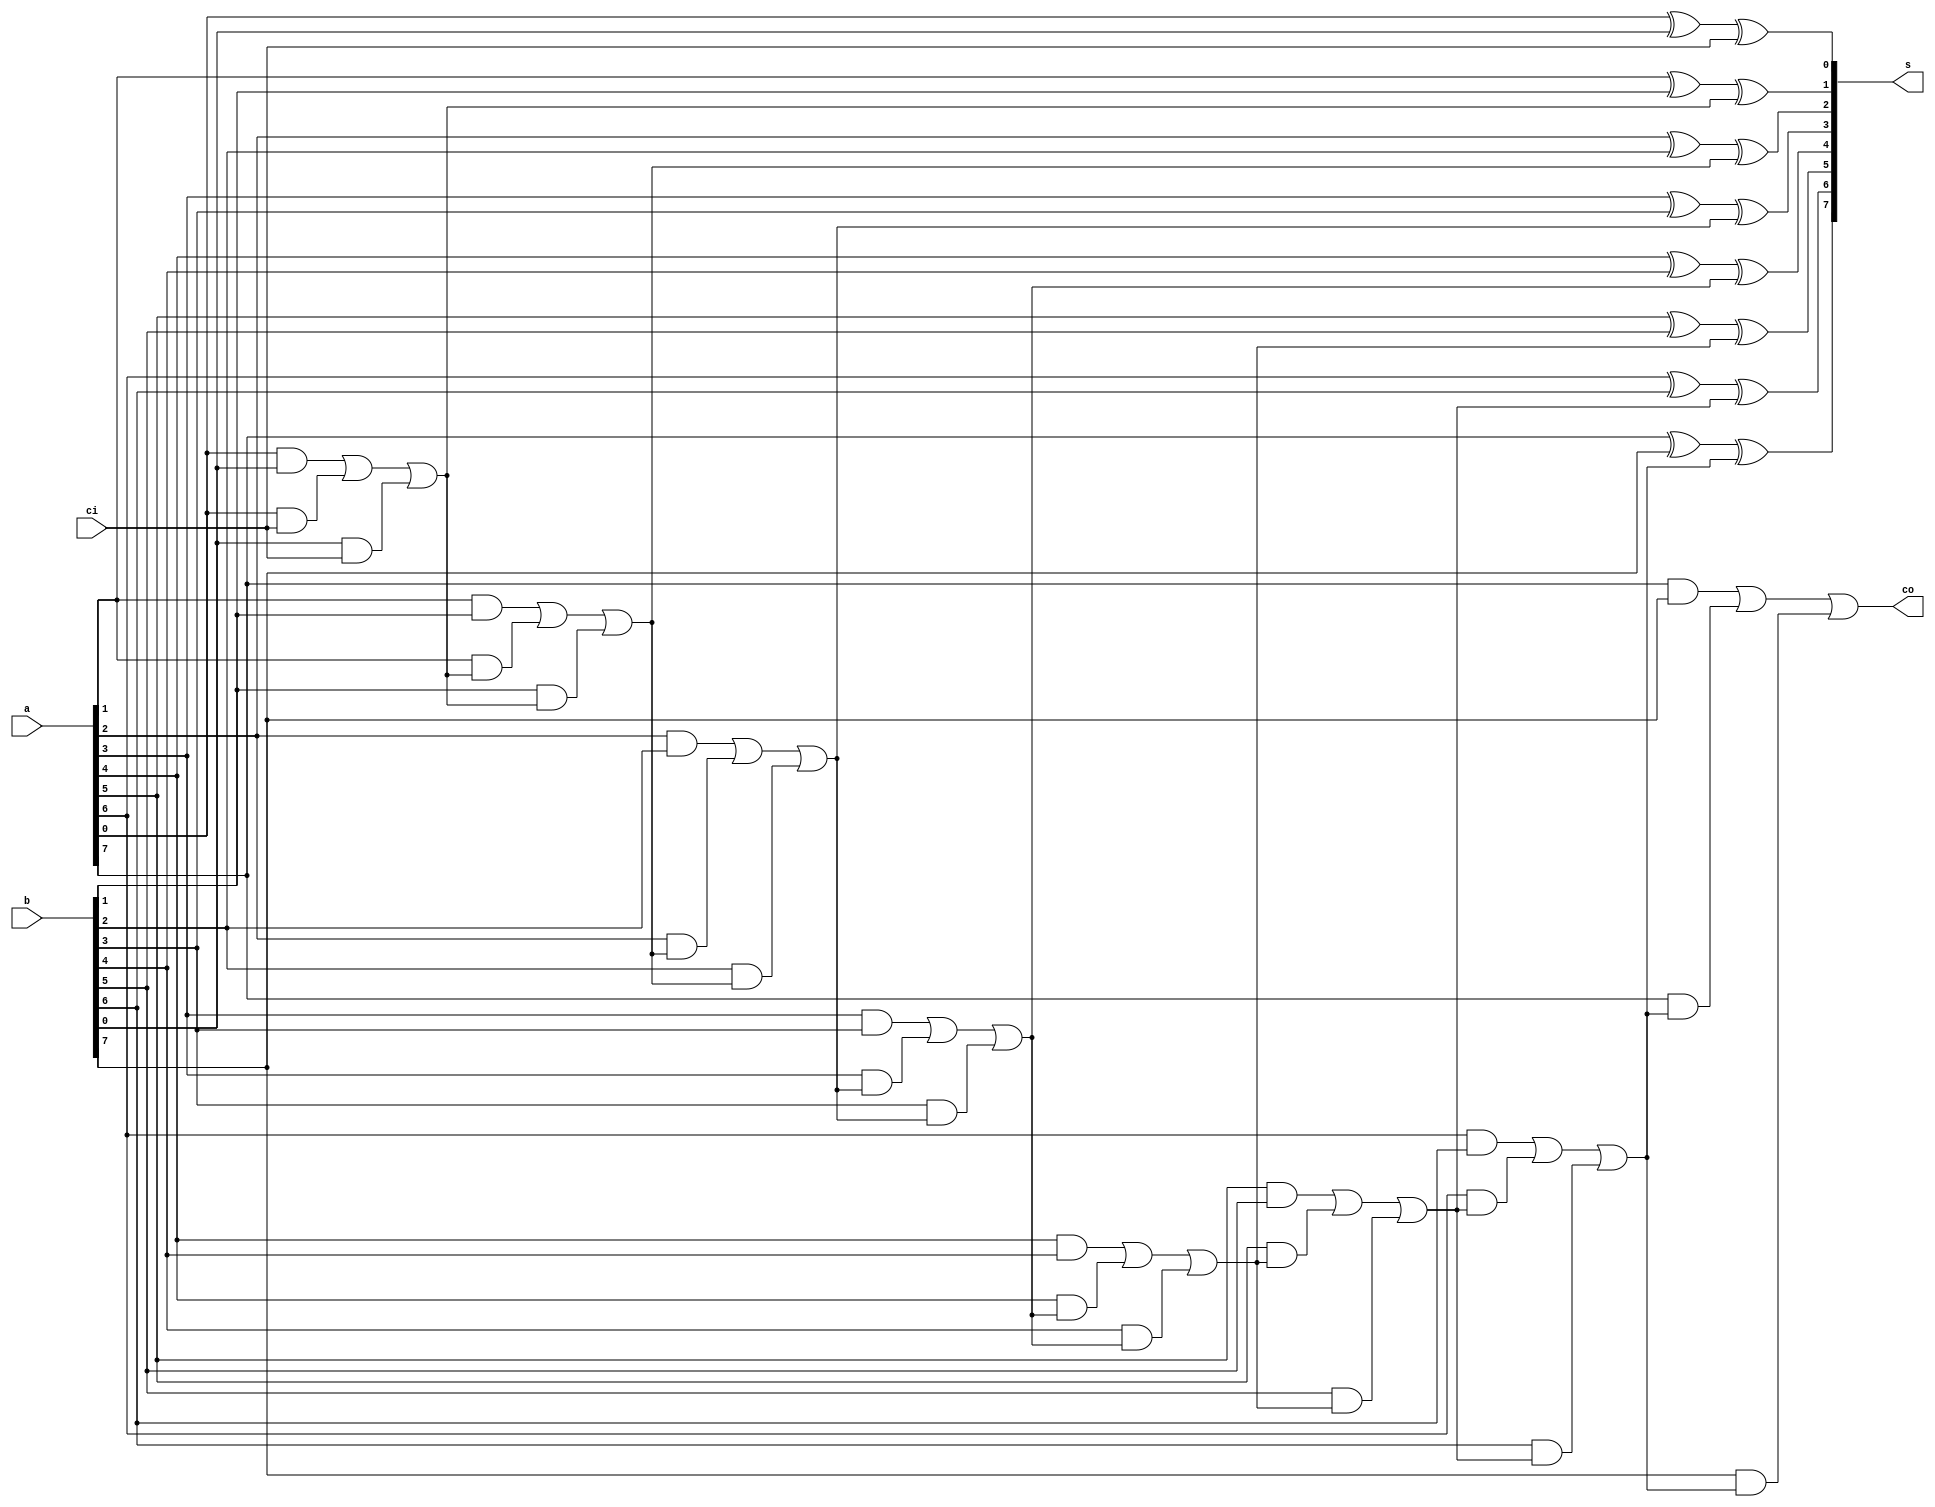
`timescale 10ns / 1ps
module Naddr(a,b,s,ci,co);
parameter N=8;
input[N-1:0] a;
input[N-1:0] b;
output[N-1:0] s;
input ci;
output co;
wire co;
integer i;
reg[N-1:0] s;
reg[N:0] c;

assign co = c[N];

always @(*)
begin
	c[0] = ci;
	for(i=0;i<=N-1;i=i+1)
	begin
		s[i] = a[i]^b[i]^c[i];
		c[i+1] = a[i]&&b[i]||a[i]&&c[i]||b[i]&&c[i];
	end
end

endmodule